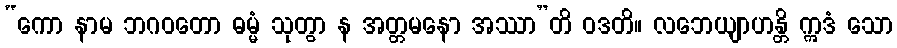
“ကော နာမ ဘဂဝတော ဓမ္မံ သုတွာ န အတ္တမနော အဿာ”တိ ဝဒတိ။ လဘေယျာဟန္တိ ဣဒံ သော